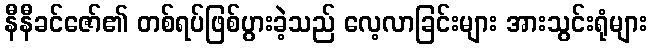
နီနီခင်ဇော်၏ တစ်ရပ်ဖြစ်ပွားခဲ့သည် လေ့လာခြင်းများ အားသွင်းရုံများ